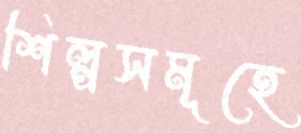
শিল্পসমূহে